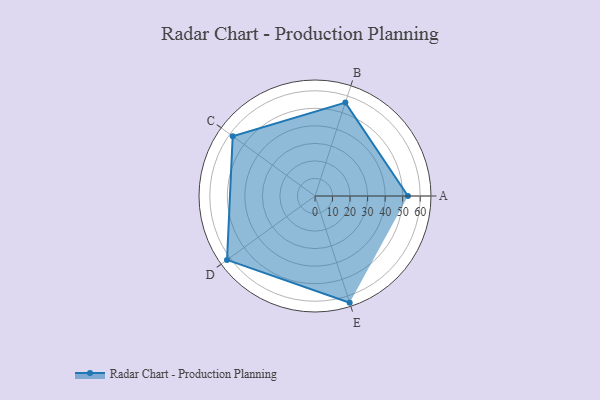
{"axis": {"x": "Skill", "y": "Score"}, "legend": ["Profile"], "data": [{"x": "A", "y": 53.0, "type": "Profile"}, {"x": "B", "y": 56.0, "type": "Profile"}, {"x": "C", "y": 58.0, "type": "Profile"}, {"x": "D", "y": 62.0, "type": "Profile"}, {"x": "E", "y": 64.0, "type": "Profile"}]}